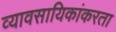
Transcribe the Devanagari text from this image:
व्यावसायिकांकरता